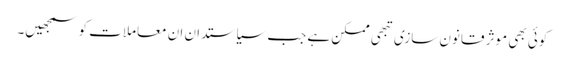
کوئی بھی موثر قانون سازی تبھی ممکن ہے جب سیاستدان ان معاملات کو سمجھیں۔